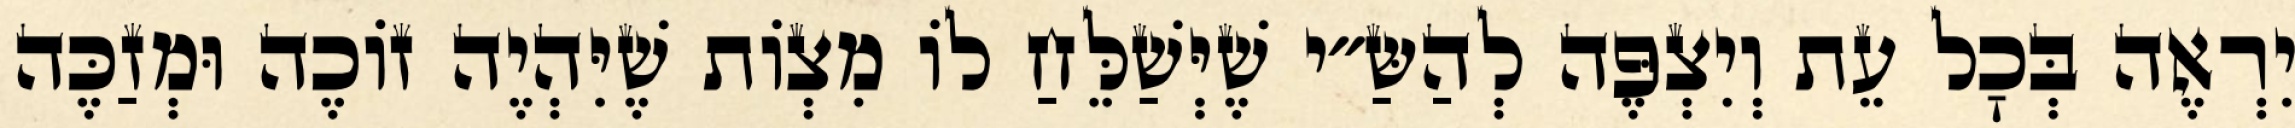
יִרְאֶה בְּכׇל עֵת וְיִצְפֶּה לְהַשַּ״י שֶׁיְּשַׁלֵּחַ לוֹ מִצְוֹת שֶׁיִּהְיֶה זוֹכֶה וּמְזַכֶּה